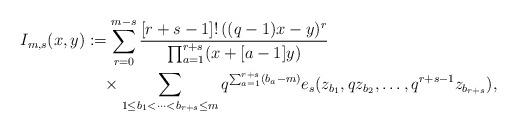
LaTeX: \begin{align*}I_{m, s}(x, y)&:=\sum_{r=0}^{m-s}\frac{[r+s-1]!\,((q-1)x-y)^{r}}{\prod_{a=1}^{r+s}(x+[a-1]y)}\\ &\quad{}\times \sum_{1\le b_{1}<\cdots <b_{r+s}\le m}q^{\sum_{a=1}^{r+s}(b_{a}-m)}e_{s}(z_{b_{1}}, qz_{b_{2}}, \ldots , q^{r+s-1}z_{b_{r+s}}), \end{align*}